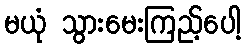
မယုံ သွားမေးကြည့်ပေါ့